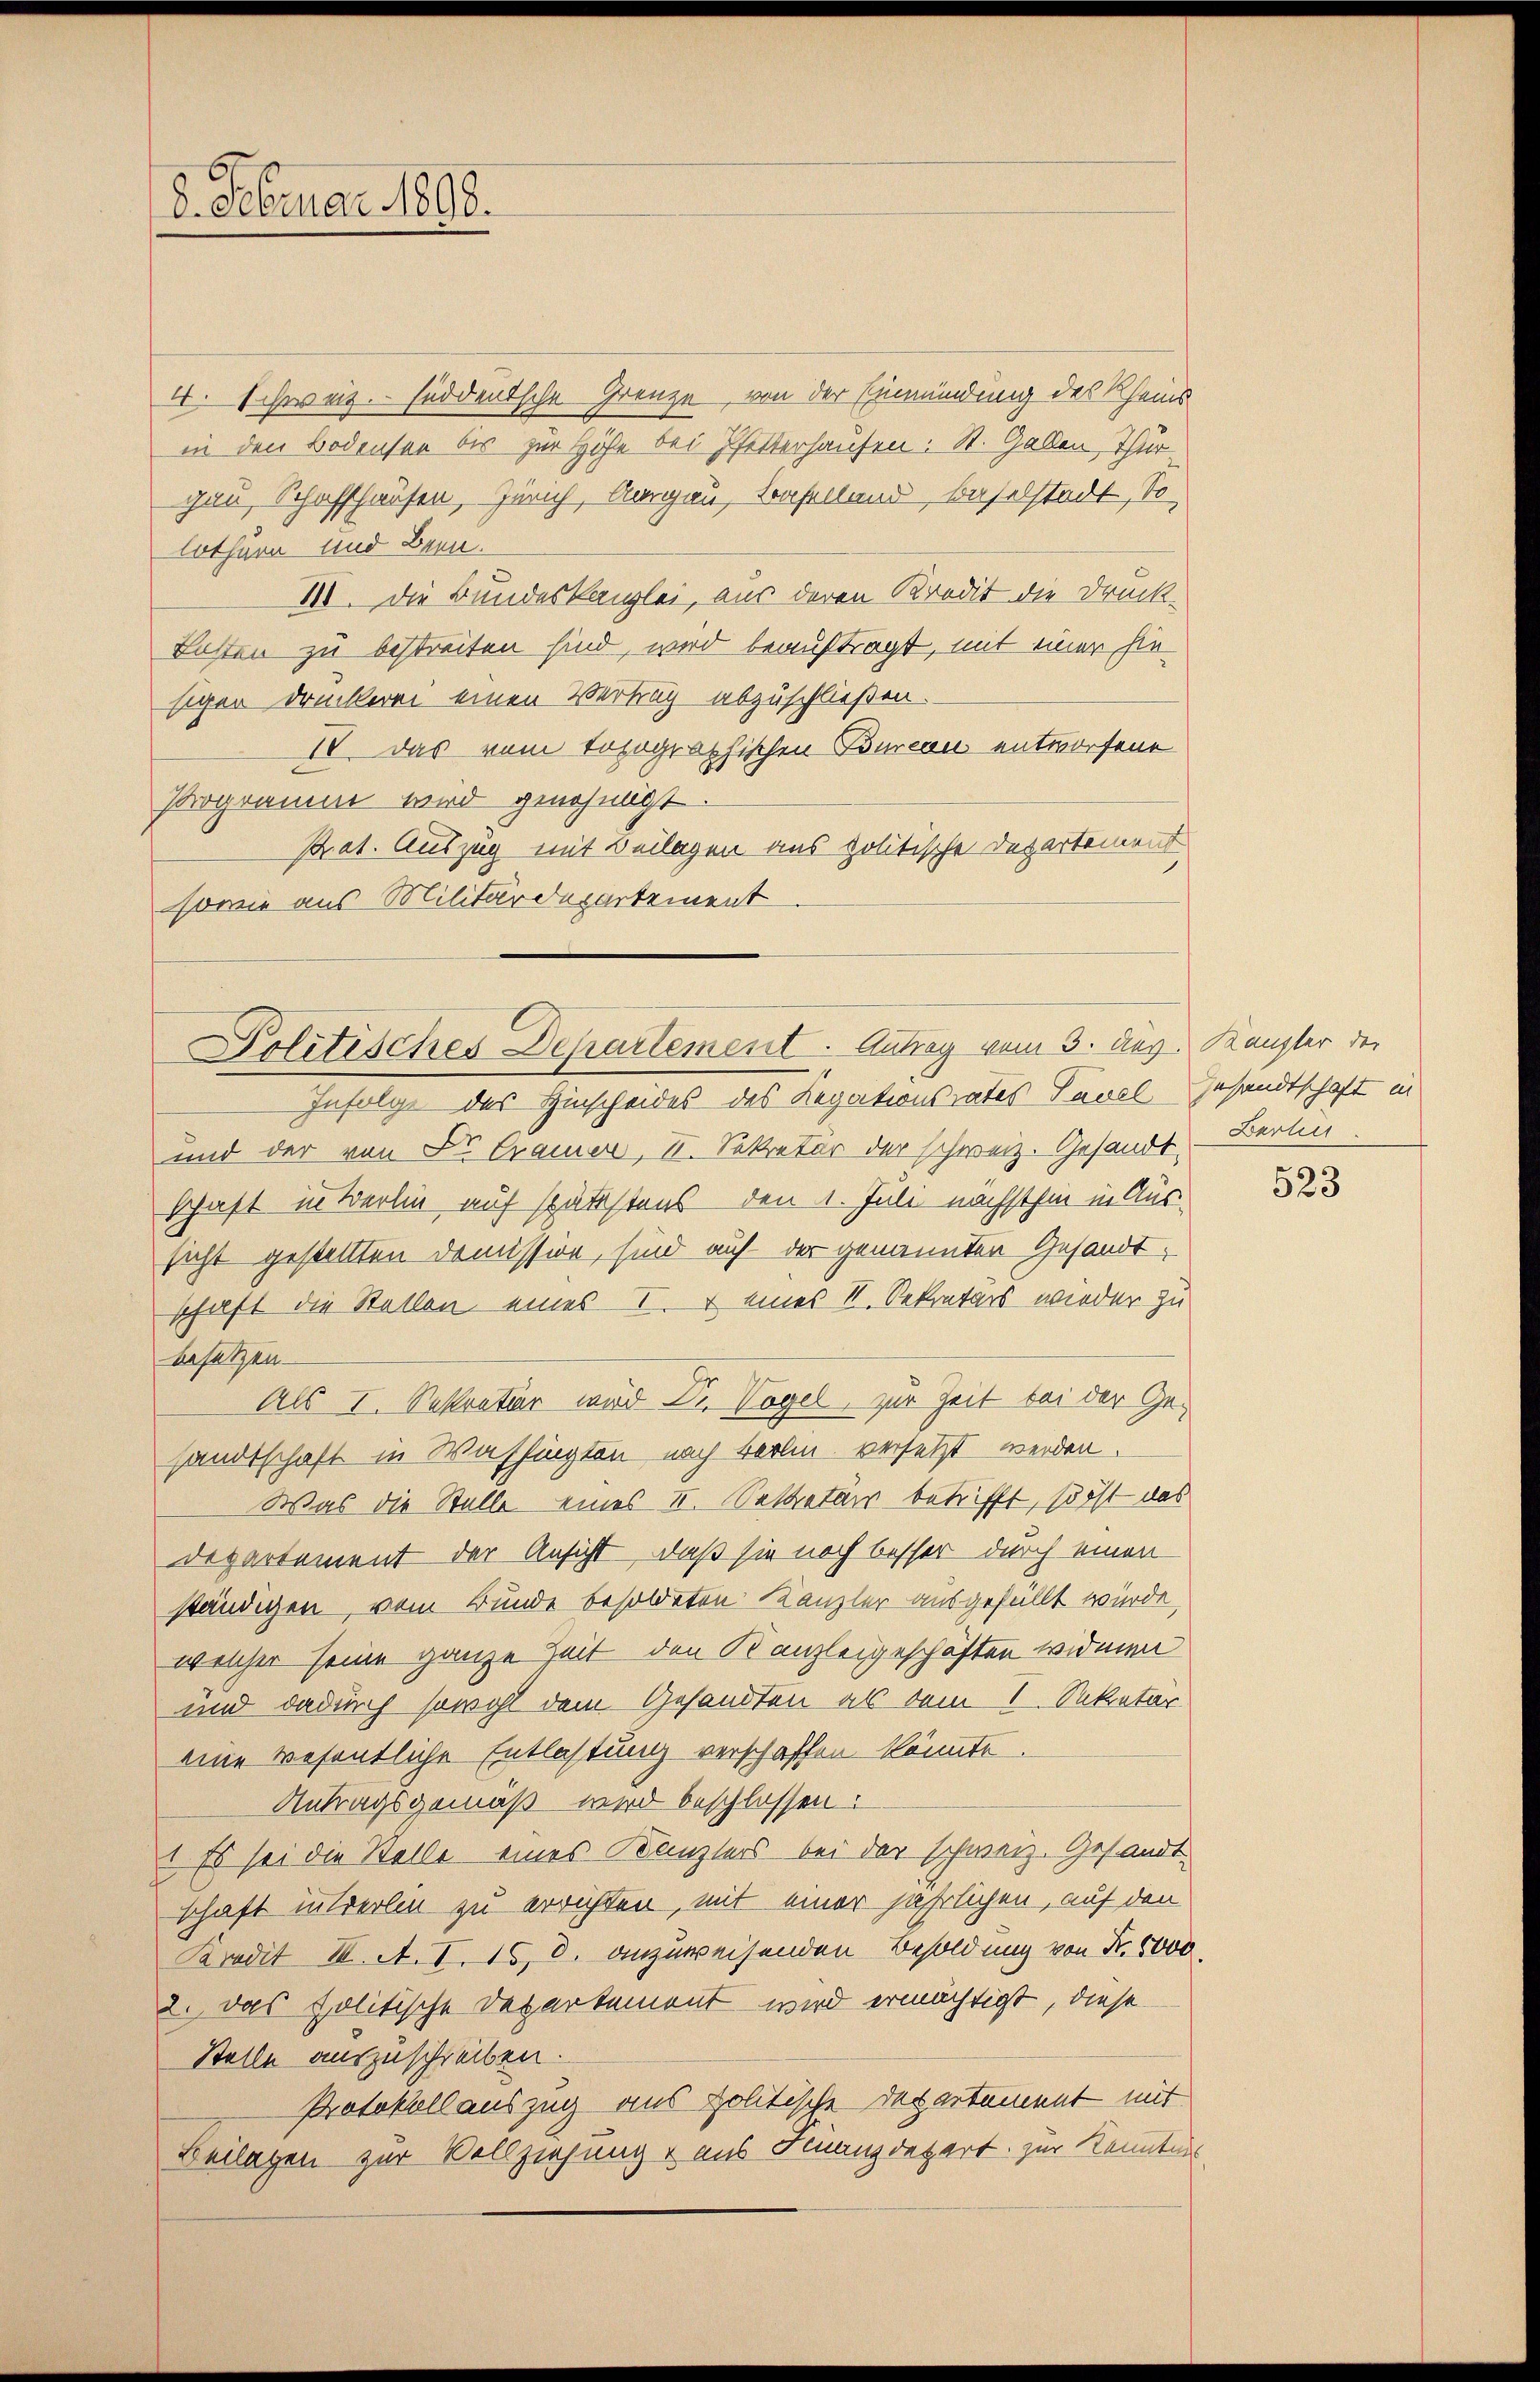
8. Februar 1898.

Politisches Departement. Antrag vom 3. des Kanzler der

Infolge des Hinscheides des Legationsrates Tavel, Gesandtschaft in
und der von Dr. Cramer, II. Sekretär der schweiz. Gesandt
schaft in Berlin auf spätestens den 1. Juli nächsthin in Aus-
sicht gestellten Domission, sind auf der genannten Gesandtschaft die Stellen eines I. & eines II. Sekretärs wieder zu
besetzen.
Als I. Sekretär wird Dr. Vogel, zur Zeit bei der Gesandtschaft in Washingten nach Berlin versetzt werden.
Was die Stelle eines II. Sekretärs betrifft, so oft das
Departement der Ansicht, daß sie noch besser durch einen
ständigen, vom Bunde besoldeten Kanzler ausgefüllt wurde,
welcher seine ganze Zeit den Kanzleigeschäften widmen
und dadurch sowohl dem Gesandten als vom 1. Sekretär
eine wesentliche Entlastung verschaffen könnte.
Antragsgemäß wird beschlossen:
1 Es sei die Stelle eines Kanzlers bei der schweiz. Gesandt-
schaft interlin zu errichten, mit einer jährlichen, auf den
Kredit III. A. I. 150. anzuweisenden Besoldung von Nr. 6000.
2. Das politische Departement wird ermächtigt, diese
Stelle auszuschreiben.
Protokollauszug aus politische Departement mit
Beilagen zur Vollziehung aus Finanzdepart zur Kenntnis

4. Schweiz. süddeutsche Grenze, von der Einmündung des Rheins
in den Bodensee bis zur Höhe bei Pfetterhausen: St. Gallen, Thurgau, Schaffhausen, Zürich, Aargau, Baselland, Baselstadt, So
lothurn und Bern.
III. Die Bundeskanzlei, aus deren Kredit die Druck¬
Lotten zu bestreiten sind, wird beauftragt, mit einer sie
sigen Druckerei einen Vertrag abzuschließen.
IV. Das vom topographischen Bureau entworfene
Programm wird genehmigt
Rat. Auszug mit Beilagen aus politische Departement
sowie aus Militärdepartement

Berli

523